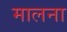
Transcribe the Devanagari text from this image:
मालना